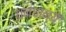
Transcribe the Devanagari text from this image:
धनधान्ये